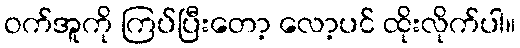
ဝက်အူကို ကြပ်ပြီးတော့ လော့ပင် ထိုးလိုက်ပါ။